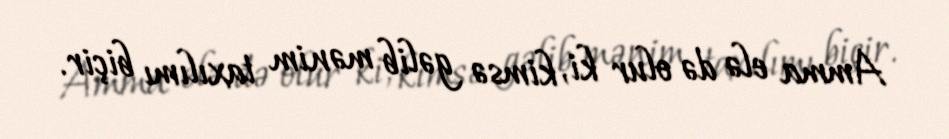
Amma elə də olur ki, kimsə gəlib mənim taxılımı biçir.